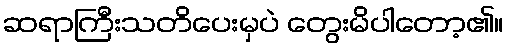
ဆရာကြီးသတိပေးမှပဲ တွေးမိပါတော့၏။